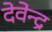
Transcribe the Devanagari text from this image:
देवेेन्द्र